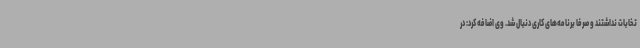
تخابات نداشتند و صرفاً برنامه‌های کاری دنبال شد. وی اضافه کرد: در